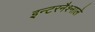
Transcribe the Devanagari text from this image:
इन्टरनैश्नाले